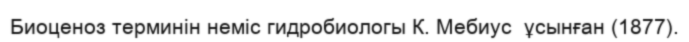
Биоценоз терминін неміс гидробиологы К. Мебиус  ұсынған (1877).